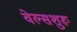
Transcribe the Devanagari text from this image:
वेल्सशुरू